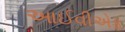
આઈવીએફ